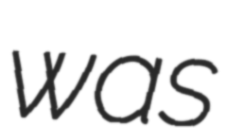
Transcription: was